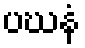
ပဃနံ